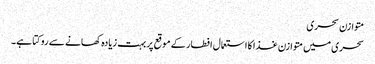
متوازن سحری
سحری میں متوازن غذا کا استعمال افطار کے موقع پر بہت زیادہ کھانے سے روکتا ہے۔